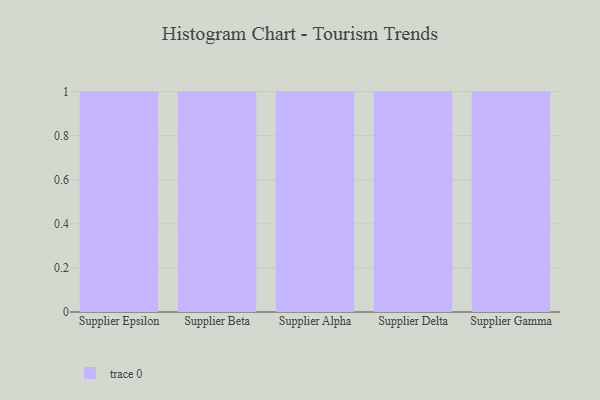
{"axis": {"x": "Supplier", "y": "Production Output"}, "legend": [""], "data": [{"x": "Supplier Epsilon", "y": 5, "type": ""}, {"x": "Supplier Beta", "y": 79, "type": ""}, {"x": "Supplier Alpha", "y": 67, "type": ""}, {"x": "Supplier Delta", "y": 63, "type": ""}, {"x": "Supplier Gamma", "y": 59, "type": ""}]}